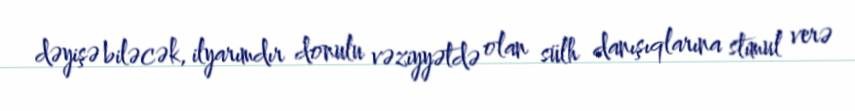
dəyişə biləcək, ilyarımdır donulu vəziyyətdə olan sülh danışıqlarına stimul verə